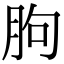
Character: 朐